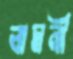
বামনী